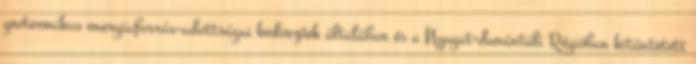
geotermikus energiaforrás-adottságai kedvezőek általában és a Nyugat-dunántúli Régióban kitüntetett